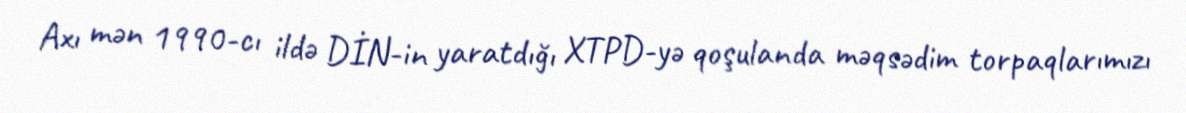
Axı mən 1990-cı ildə DİN-in yaratdığı XTPD-yə qoşulanda məqsədim torpaqlarımızı